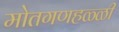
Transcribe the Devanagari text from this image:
मोतगणहळ्ळी